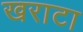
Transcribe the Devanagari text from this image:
खराटा